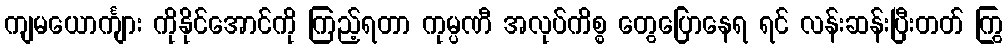
ကျမယောင်္ကျား ကိုနိုင်အောင်ကို ကြည့်ရတာ ကုမ္ပဏီ အလုပ်ကိစ္စ တွေပြောနေရ ရင် လန်းဆန်းပြီးတတ် ကြွ